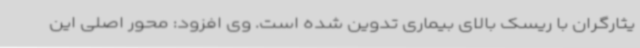
یثارگران با ریسک بالای بیماری تدوین شده است. وی افزود: محور اصلی این